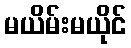
မယိမ်းမယိုင်